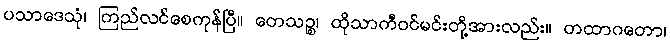
ပသာဒေသုံ၊ ကြည်လင်စေကုန်ပြီ။ တေသဉ္စ၊ ထိုသာကီဝင်မင်းတို့အားလည်း။ တထာဂတော၊